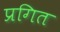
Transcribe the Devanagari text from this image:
प्रगित